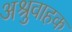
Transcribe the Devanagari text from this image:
अश्रुवाहक